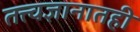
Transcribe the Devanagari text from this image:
तत्त्वज्ञानातही